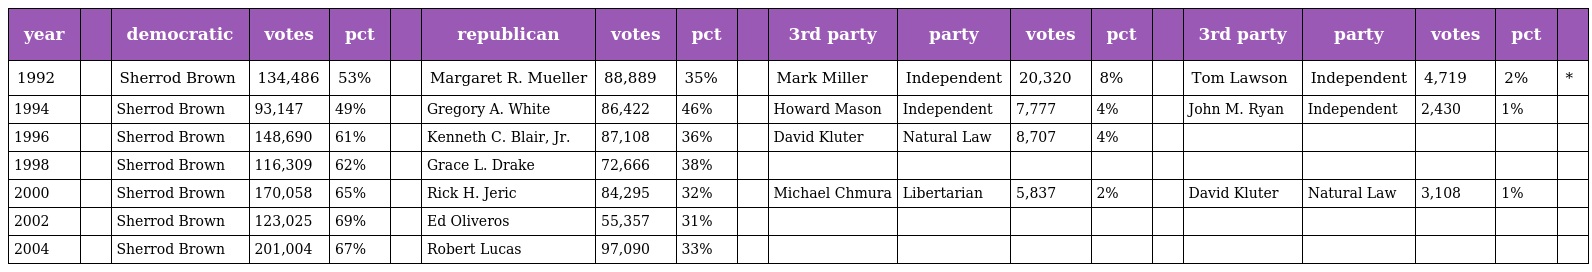
| year |  | democratic | votes | pct |  | republican | votes | pct |  | 3rd party | party | votes | pct |  | 3rd party | party | votes | pct |  |
 | --- | --- | --- | --- | --- | --- | --- | --- | --- | --- | --- | --- | --- | --- | --- | --- | --- | --- | --- | --- |
 | 1992 |  | Sherrod Brown | 134,486 | 53% |  | Margaret R. Mueller | 88,889 | 35% |  | Mark Miller | Independent | 20,320 | 8% |  | Tom Lawson | Independent | 4,719 | 2% | * |
 | 1994 |  | Sherrod Brown | 93,147 | 49% |  | Gregory A. White | 86,422 | 46% |  | Howard Mason | Independent | 7,777 | 4% |  | John M. Ryan | Independent | 2,430 | 1% |  |
 | 1996 |  | Sherrod Brown | 148,690 | 61% |  | Kenneth C. Blair, Jr. | 87,108 | 36% |  | David Kluter | Natural Law | 8,707 | 4% |  |  |  |  |  |  |
 | 1998 |  | Sherrod Brown | 116,309 | 62% |  | Grace L. Drake | 72,666 | 38% |  |  |  |  |  |  |  |  |  |  |  |
 | 2000 |  | Sherrod Brown | 170,058 | 65% |  | Rick H. Jeric | 84,295 | 32% |  | Michael Chmura | Libertarian | 5,837 | 2% |  | David Kluter | Natural Law | 3,108 | 1% |  |
 | 2002 |  | Sherrod Brown | 123,025 | 69% |  | Ed Oliveros | 55,357 | 31% |  |  |  |  |  |  |  |  |  |  |  |
 | 2004 |  | Sherrod Brown | 201,004 | 67% |  | Robert Lucas | 97,090 | 33% |  |  |  |  |  |  |  |  |  |  |  |